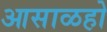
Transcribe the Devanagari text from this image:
आसाळहो